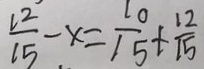
\frac { L ^ { 2 } } { 1 5 } - x = \frac { 1 0 } { 1 5 } + \frac { 1 2 } { 1 5 }